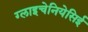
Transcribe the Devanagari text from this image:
ग्लाइचेनियेसिई